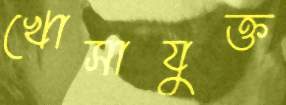
খোসাযুক্ত